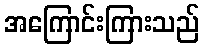
အကြောင်းကြားသည်